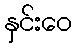
နှင်းဝေ